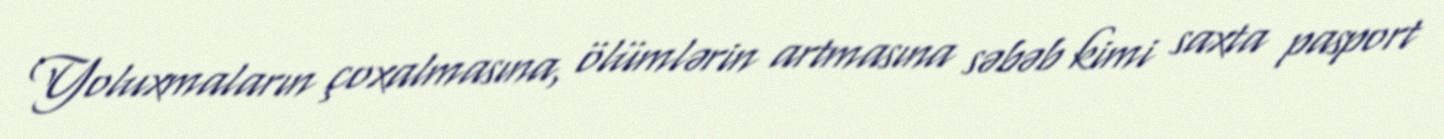
Yoluxmaların çoxalmasına, ölümlərin artmasına səbəb kimi saxta pasport